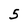
Character: 5